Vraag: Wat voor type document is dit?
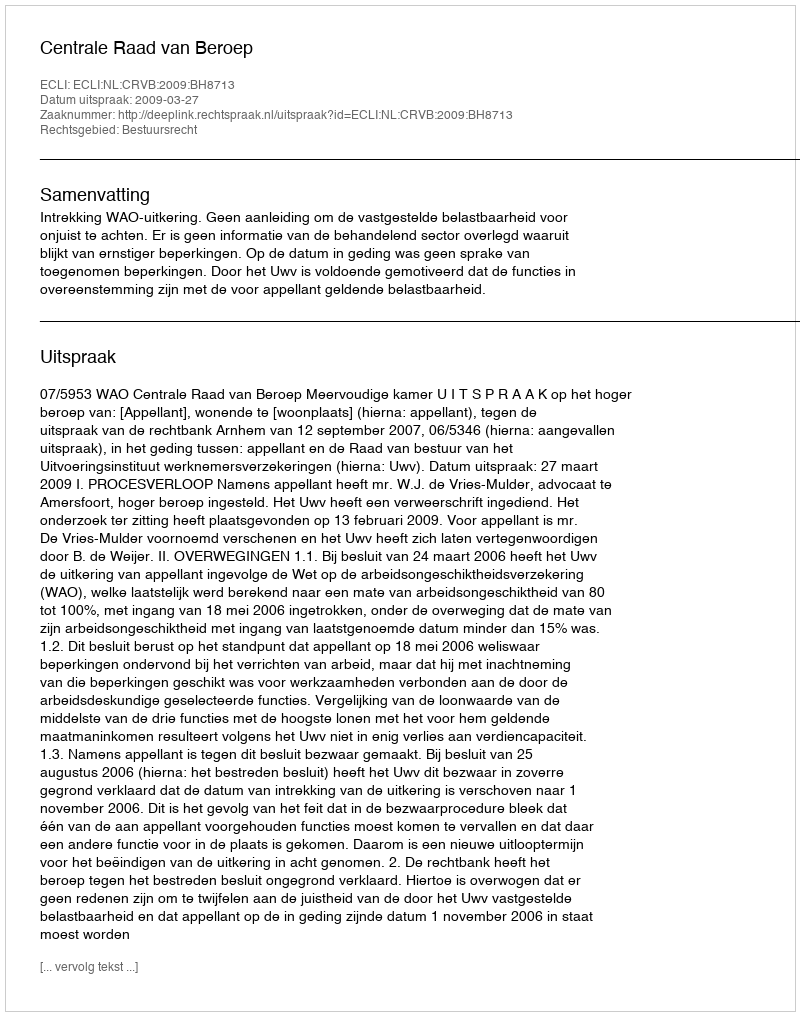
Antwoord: Uitspraak